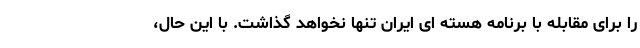
را برای مقابله با برنامه هسته ای ایران تنها نخواهد گذاشت. با این حال،